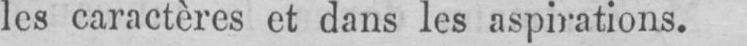
les caractères et dans les aspirations.